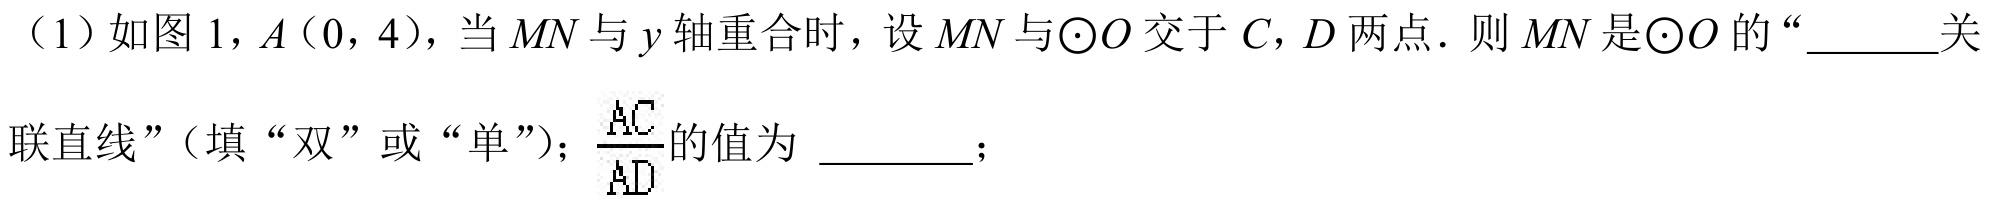
（1）如图 1，\(A(0,4)\)，当\(MN\)与\(y\)轴重合时，设\(MN\)与\(\odot O\)交于\(C,D\)两点．则\(MN\)是\(\odot O\)的“\(\underline{\quad\quad}\)关联直线”（填“双”或“单”）；\(\frac{AC}{AD}\)的值为 \(\underline{\quad\quad}\)；